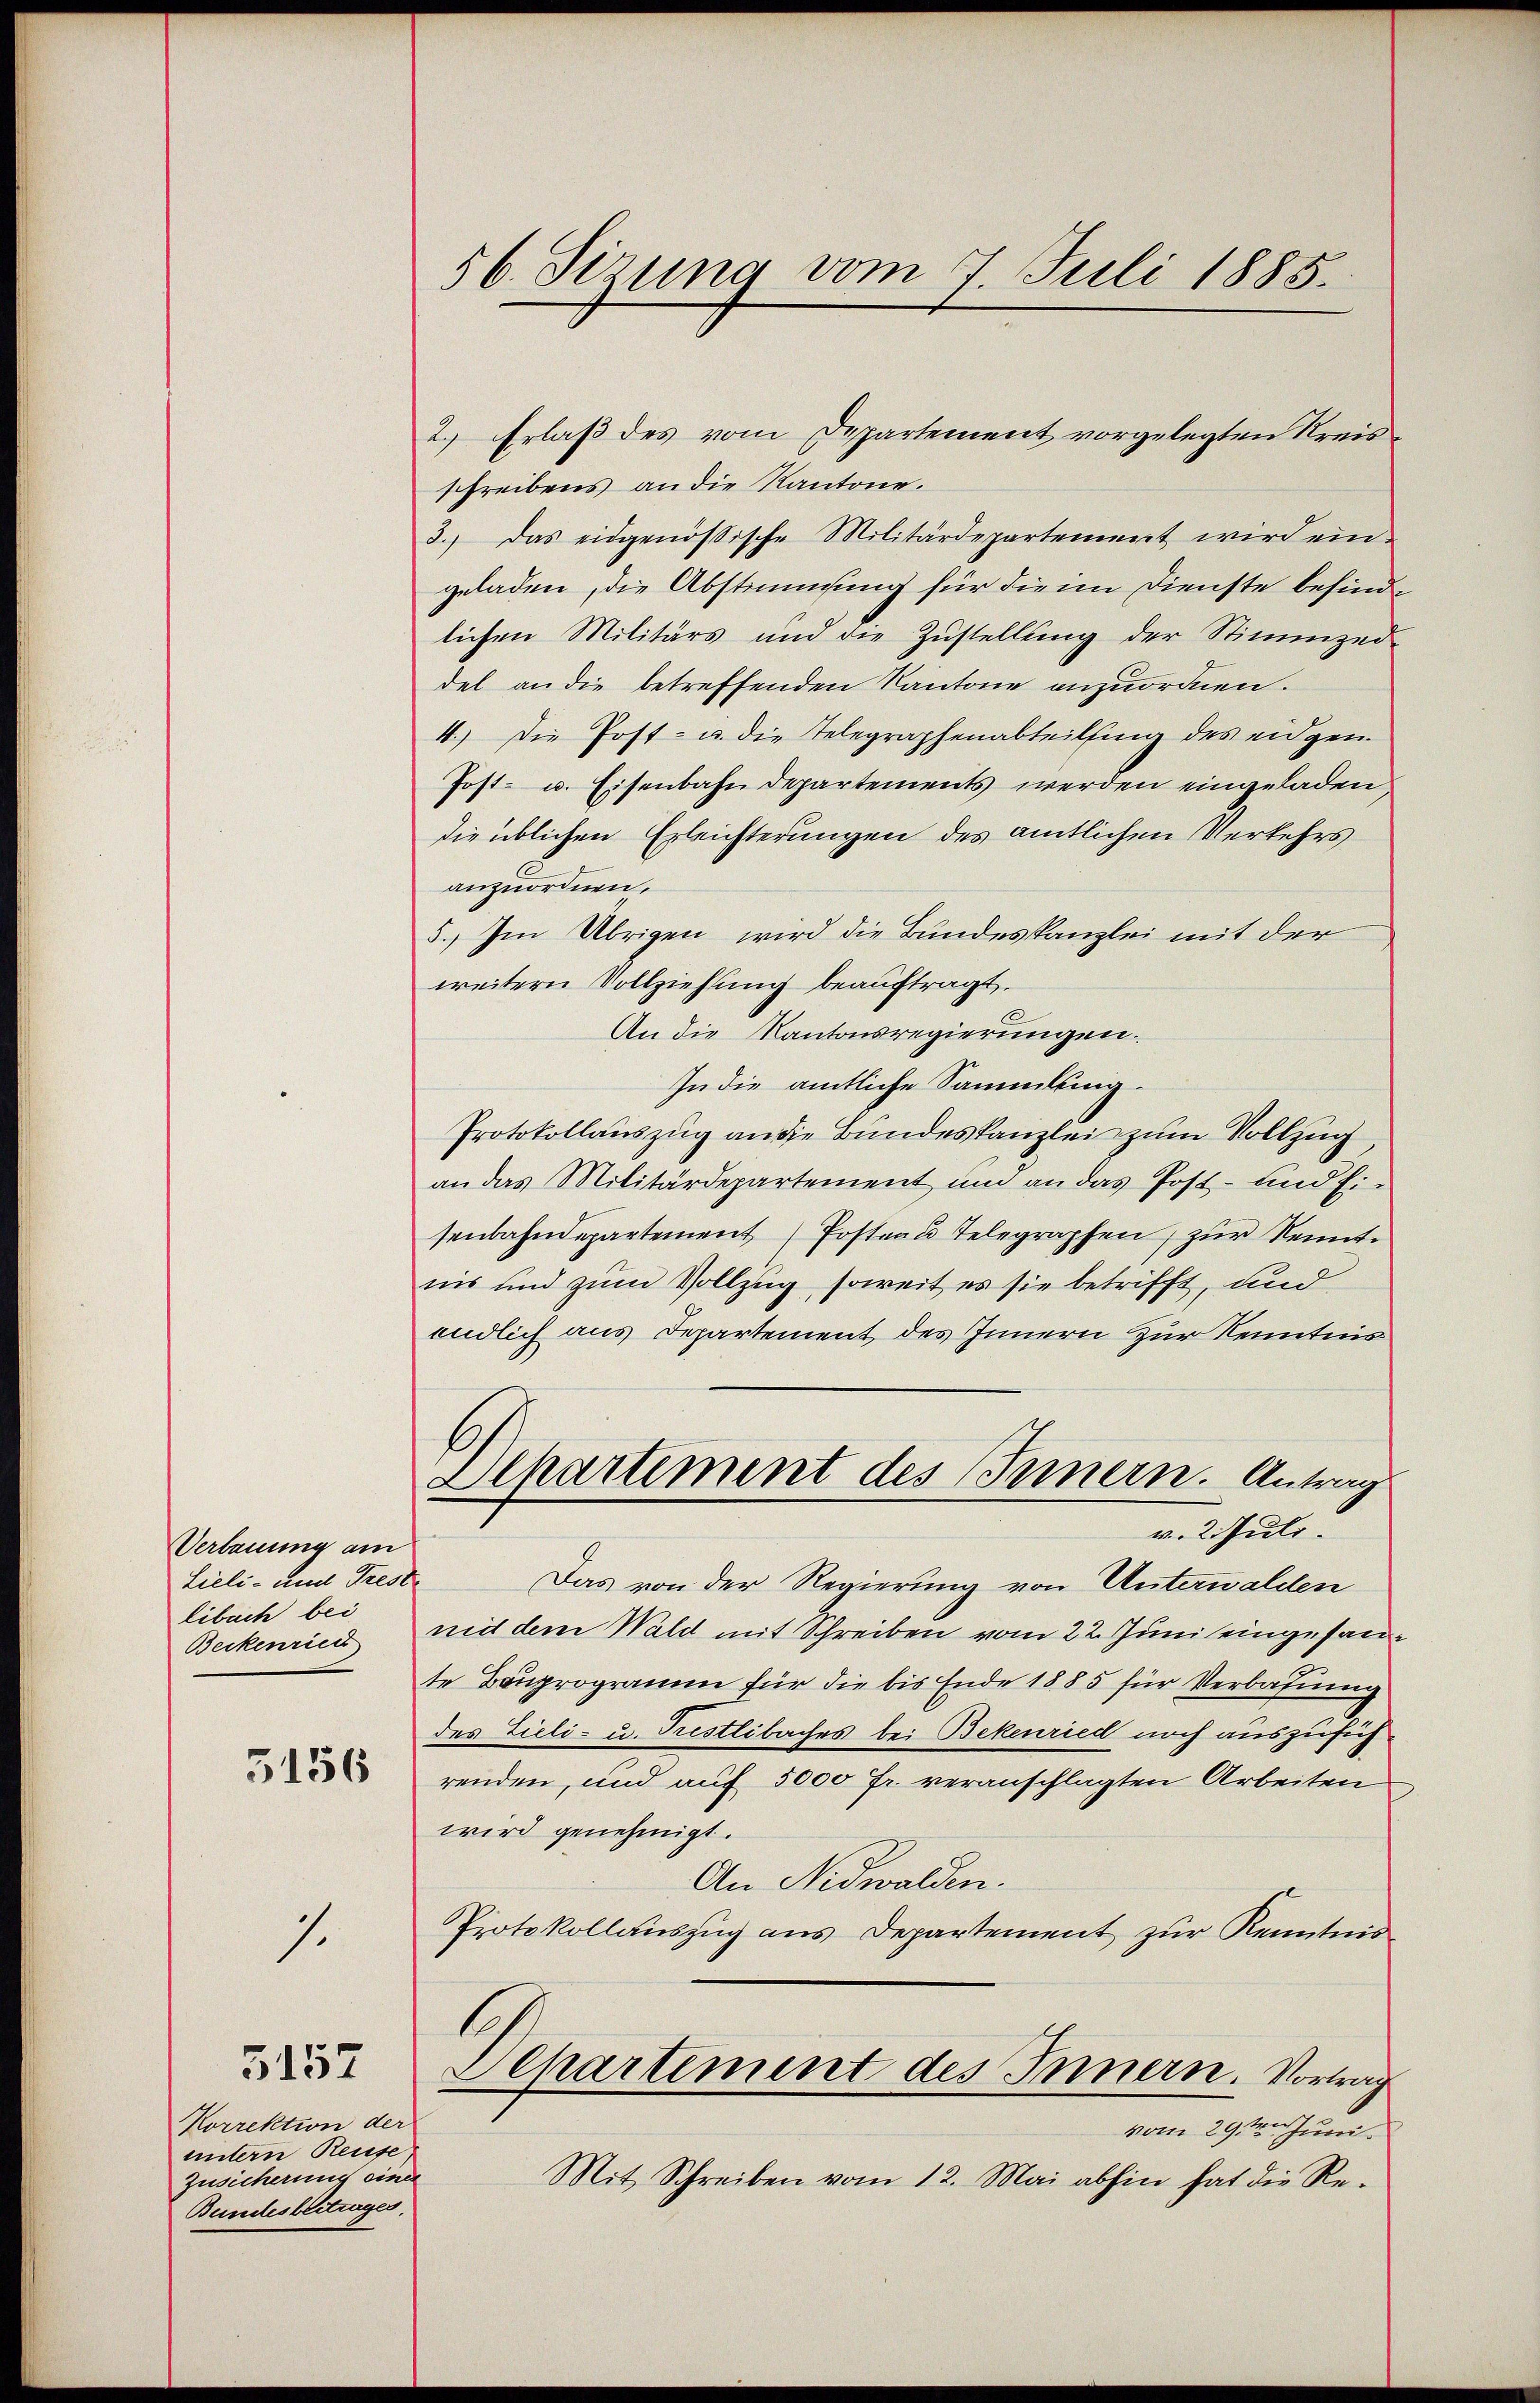
Verbauung am
Lieli - und Treste
libach bei
Beckenriet

3156

1.

Korrektion der
untern Reuse
Zusicherin eine
Bundesbeitrages.

5157

56. Sizung vom 7 Juli 1885.

2.) Erlaß des vom Departement vorgelegten Kreisschreibens an die Kantone.
3.) Das eidgenössische Militärdepartement wird ein-
geladen, die Abstimmung für die im Dienste befinde
lichen Militärs und die Zustellung der Stimmzed-
del an die betreffenden Kantone anzuordnen.
4.) Die Post- u. die Telegraphenabteilung des eidgen.
Post- u. Eisenbahndepartements werden eingeladen,
die üblichen Erleichterungen des amtlichen Verkehrs
anzuordnen.
5.) Im Übrigen wird die Bundeskanzlei mit der
weitern Vollziehung beauftragt.
.
An die Kantonsregierungen.
In die amtliche Sammlung.
Protokollauszug an die Bundeskanzlei zum Vollzug
an das Militärdepartement und an das Post- und Ei-
senbahndepartement Posten Telegraphen, zur Kenntins und zum Vollzug soweit es sie betrifft, und
endlich aus Departement des Innern zur Kenntnis
l
Alhartement des Innern. Antrag
v. 2. Juli.
Das von der Regierung von Unterwalden
nid dem Wald mit Schreiben vom 22. Juni eingefante Bauprogramm für die bis Ende 1885 für Verbahnung
des Zieli- u. Fristlibaches bei Bekenried noch auszuführenden, und auf 5000 fr. veranschlagten Arbeiten
wird genehmigt.
An Nidwalden.
Protokollauszug aus Departement zur Kenntnis
1
Departement des Innern. Vortrag
vom 29te͇n Juni.
Mit Schreiben vom 12. Mai abhin hat die Re-